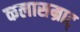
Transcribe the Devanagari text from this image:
कलासम्राट्